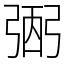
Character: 弻